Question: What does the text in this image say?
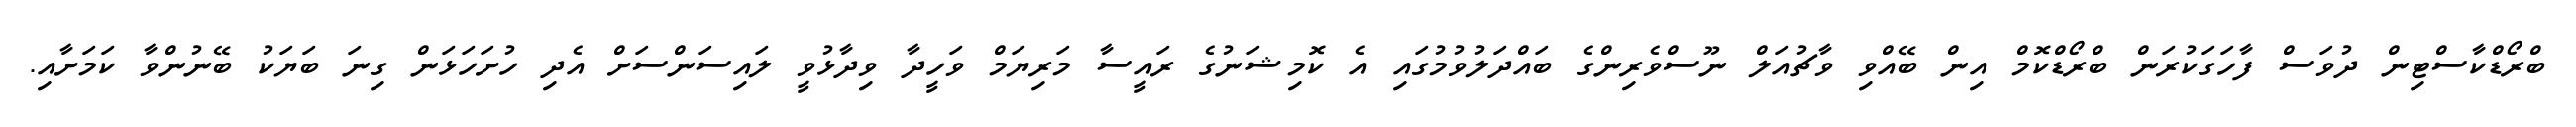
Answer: ބްރޯޑްކާސްޓިން ދުވަސް ފާހަގަކުރަން ބްރޯޑްކޮމް އިން ބޭއްވި ވާޗުއަލް ނޫސްވެރިންގެ ބައްދަލުވުމުގައި އެ ކޮމިޝަނުގެ ރައީސާ މަރިޔަމް ވަހީދާ ވިދާޅުވީ ލައިސަންސަށް އެދި ހުށަހަޅަން ގިނަ ބަޔަކު ބޭނުންވާ ކަމަށާއި.